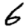
Digit: 6